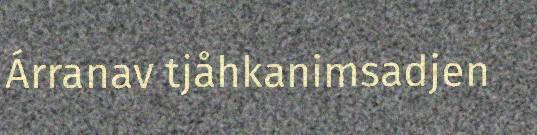
Árranav tjåhkanimsadjen